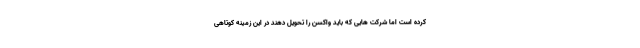
کرده است اما شرکت هایی که باید واکسن را تحویل دهند در این زمینه کوتاهی